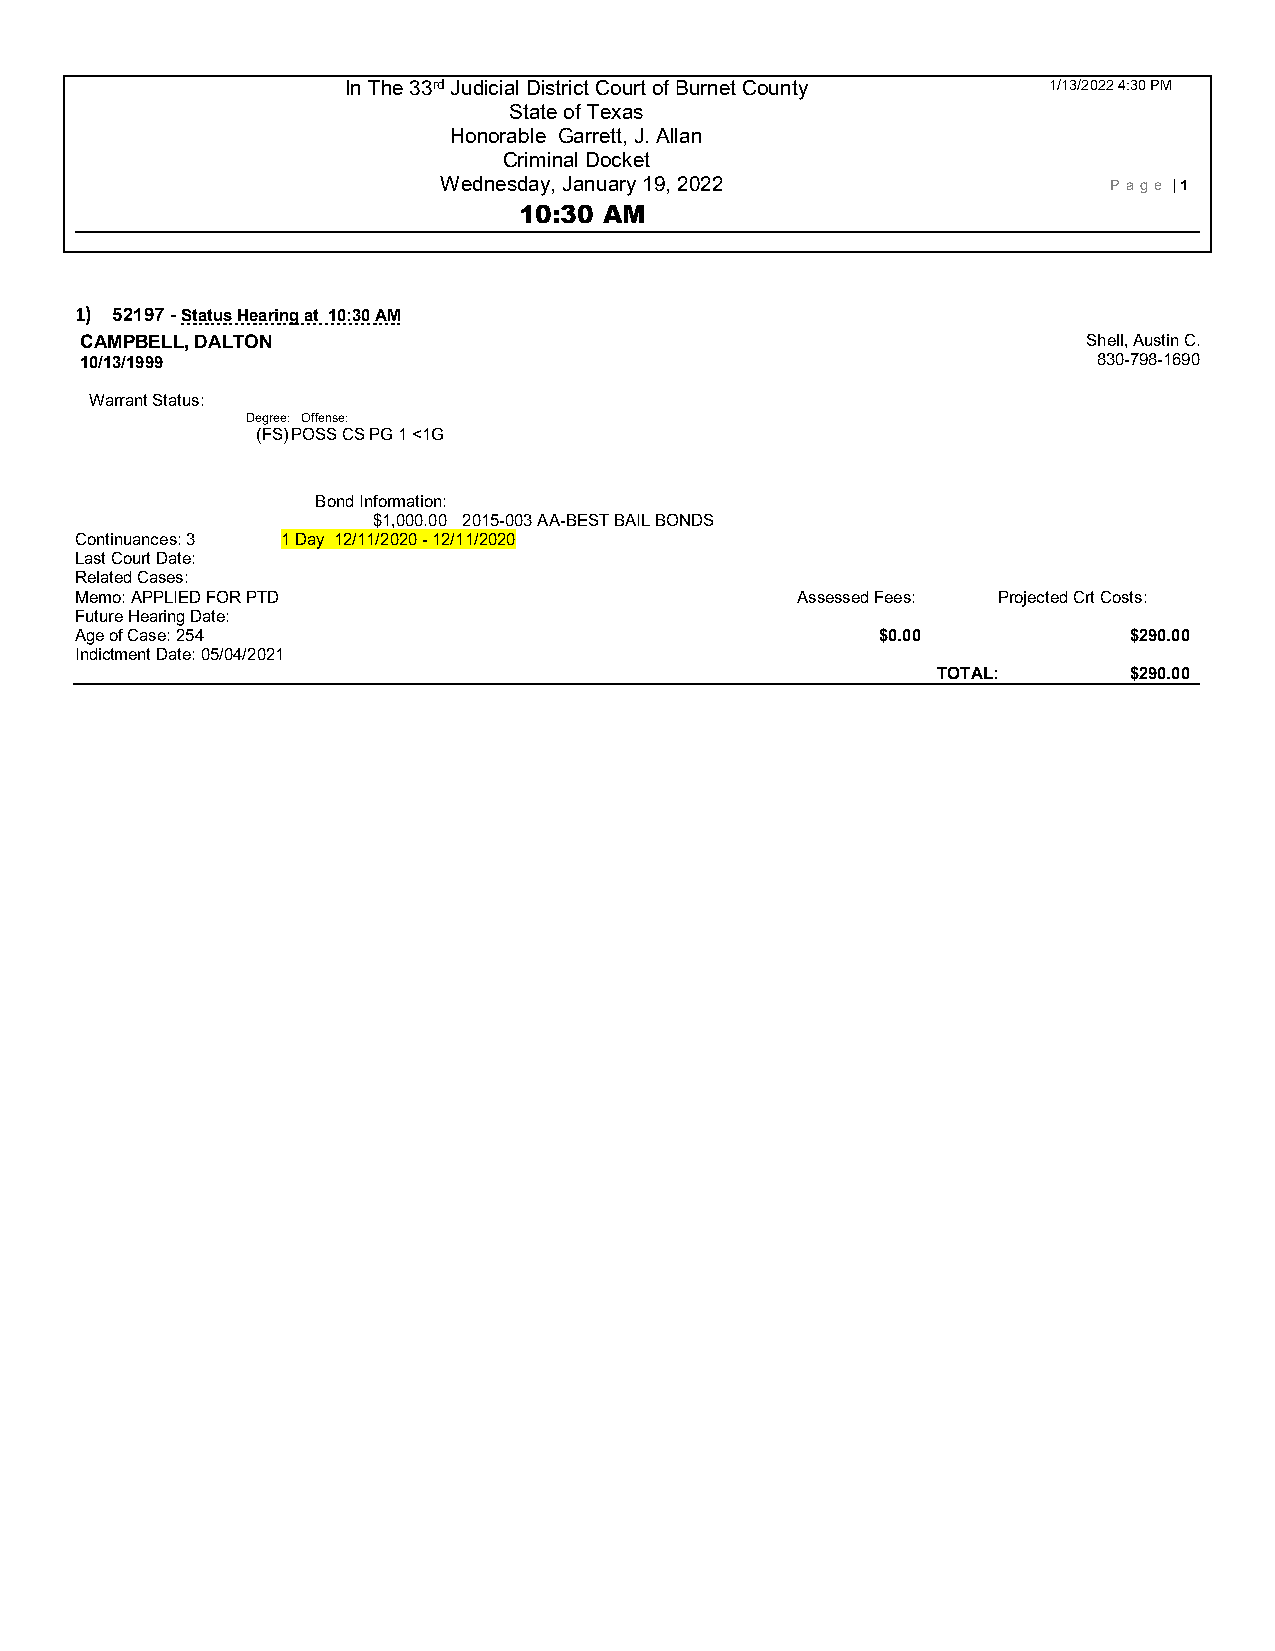
In The 33rd Judicial District Court of Burnet County 1/13/2022 4:30 PM
 State of Texas
 Honorable Garrett, J. Allan
 Criminal Docket
 Wednesday, January 19, 2022                 P age | 1
 10:30 AM
 1) 52197 - Status Hearing at 10:30 AM
 CAMPBELL, DALTON                                                   Shell, Austin C.
 10/13/1999                                                          830-798-1690
 Warrant Status:
 Degree: Offense:
 (FS) POSS CS PG 1 <1G
 Bond Information:
 $1,000.00 2015-003 AA-BEST BAIL BONDS
 Continuances: 3 1 Day 12/11/2020 - 12 /11/2020
 Last Court Date:
 Related Cases:
 Memo: APPLIED FOR PTD                           Assessed Fees: Projected Crt Costs:
 Future Hearing Date:
 Age of Case: 254                                     $0.00            $290.00
 Indictment Date: 05/04/2021
 TOTAL:       $290.00